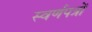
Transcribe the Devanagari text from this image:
स्वर्णपत्रों